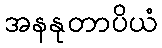
အနနုတာပိယံ